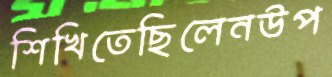
শিখিতেছিলেনউপ